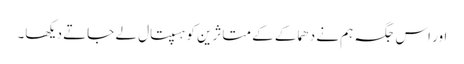
اور اس جگہ ہم نے دھماکے کے متاثرین کو ہسپتال لے جاتے دیکھا۔